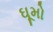
ઘૂમો